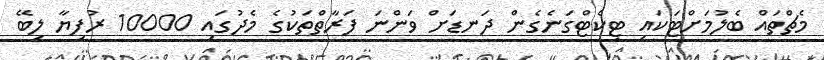
މެޗްތައް ބެލުމަށްޓަކައި ޓިކެޓްގަނެގެން ދަނޑަށް ވަންނަ ފަރާތްތަކުގެ މެދުގައި 10000 ރުފިޔާ ލިބޭ